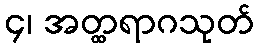
၄၊ အတ္ထရာဂသုတ်